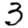
Digit: 3